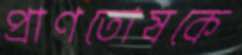
প্রাণতোষকে